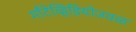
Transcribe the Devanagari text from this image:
माँटेव्हिडियोजवळ